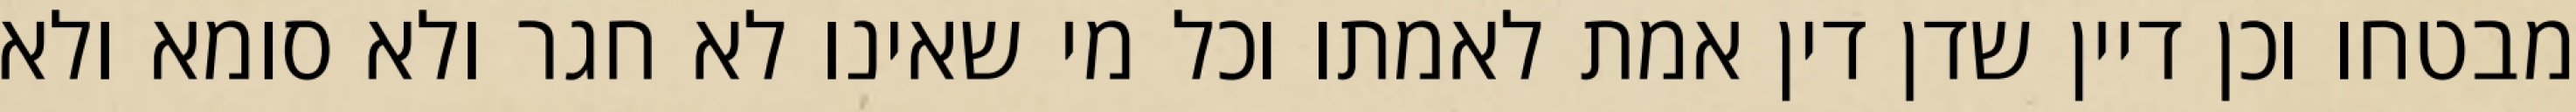
מבטחו וכן דיין שדן דין אמת לאמתו וכל מי שאינו לא חגר ולא סומא ולא